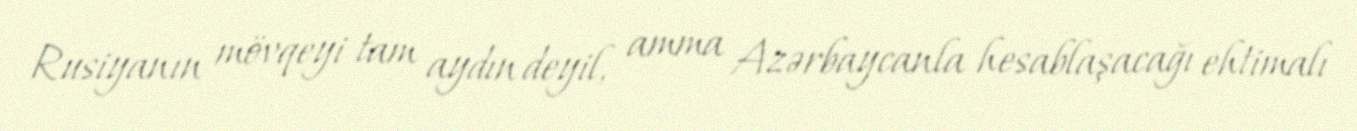
Rusiyanın mövqeyi tam aydın deyil, amma Azərbaycanla hesablaşacağı ehtimalı